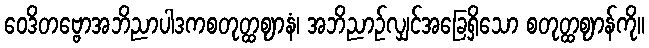
ဝေဒိတဗ္ဗောအဘိညာပါဒကစတုတ္ထဈာနံ၊ အဘိညာဉ်လျှင်အခြေရှိသော စတုတ္ထဈာန်ကို။